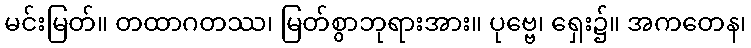
မင်းမြတ်။ တထာဂတဿ၊ မြတ်စွာဘုရားအား။ ပုဗ္ဗေ၊ ရှေး၌။ အကတေန၊